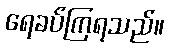
ရေခပ်ကြရသည်။